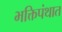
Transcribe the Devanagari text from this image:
भक्तिपंथात